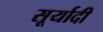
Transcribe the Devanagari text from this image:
सूर्यादी